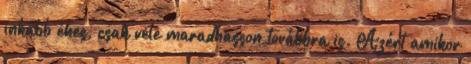
inkább éhes, csak vele maradhasson továbbra is. Azért amikor